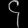
Digit: ၄